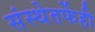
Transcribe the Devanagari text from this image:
संस्थेतर्फेही